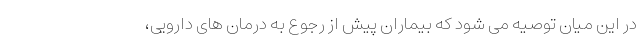
در این میان توصیه می شود که بیماران پیش از رجوع به درمان های دارویی،